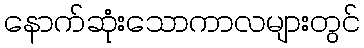
နောက်ဆုံးသောကာလများတွင်